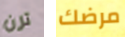
ترن مرضك